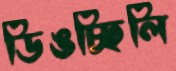
ডিঙচ্ছিলি